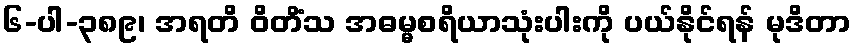
၆-ပါ-၃၈၉၊ အရတိ ဝိတိံသ အဓမ္မစရိယာသုံးပါးကို ပယ်နိုင်ရန် မုဒိတာ